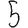
Digit: 5